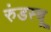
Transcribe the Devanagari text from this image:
रुंडस्चू